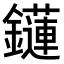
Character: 𨯌